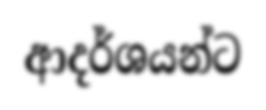
ආදර්ශයන්ට